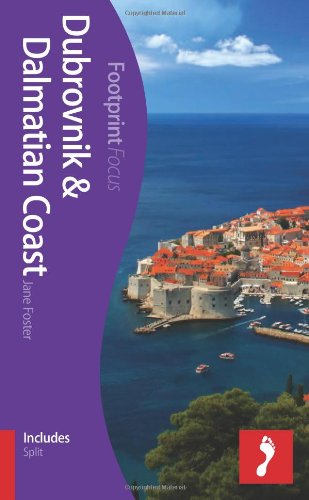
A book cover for Dubrovnik & Dalmatian Coast Footprint Focus Guide: (Includes Split); Jane Foster; Travel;